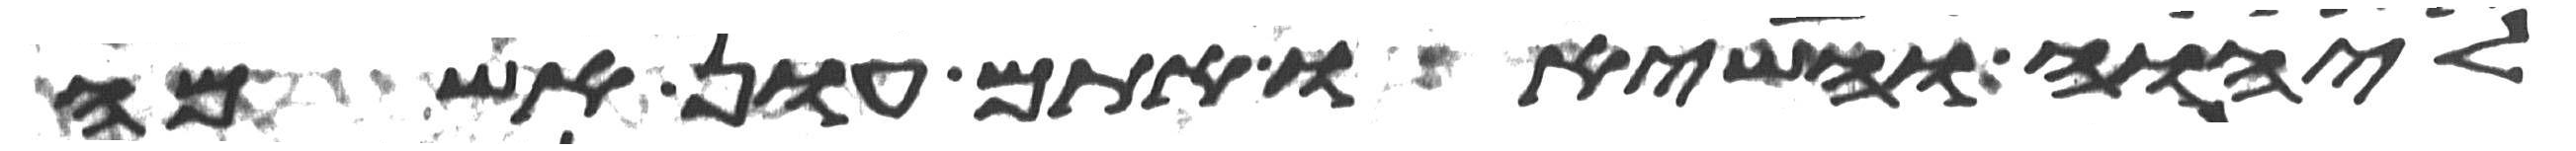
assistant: ליהוה והשיאו אתם עון אשמה